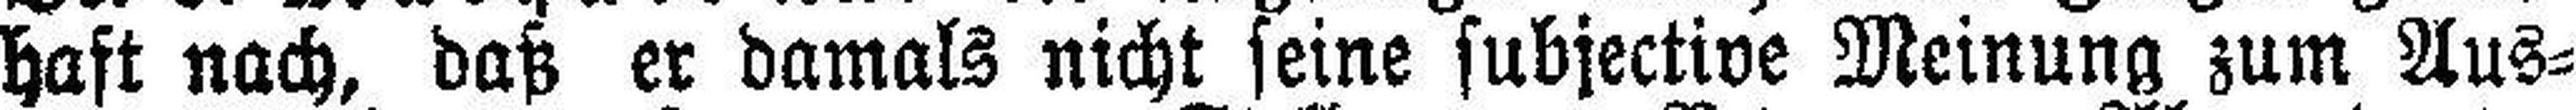
haft nach, daß er damals nicht seine subjective Meinung zum Aus¬